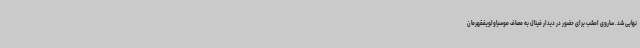
نهایی شد. ساروی امشب برای حضور در دیدار فینال به مصاف موسیاولویفقهرمان